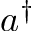
a ^ { \dagger }